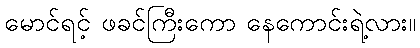
မောင်ရင့် ဖခင်ကြီးကော နေကောင်းရဲ့လား။